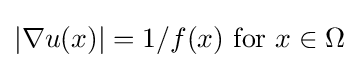
|\nabla u(x)|=1/f(x){\text{ for }}x\in \Omega